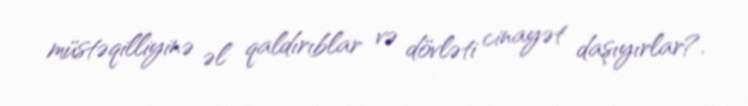
müstəqilliyinə əl qaldırıblar və dövləti cinayət daşıyırlar?.